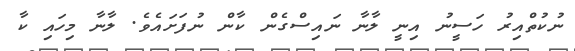
ނުކުތްއިރު ހަސީނު އިނީ ލާނާ ނައިސްގެން ކާން ނުފަށައެވެ. ލާނާ މިހައި ކާ